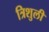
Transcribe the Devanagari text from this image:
त्रिशुली